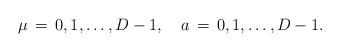
LaTeX: \begin{align*}\mu \,=\,0,1, \ldots, D-1, \quad a \,=\,0,1, \ldots, D-1.\end{align*}